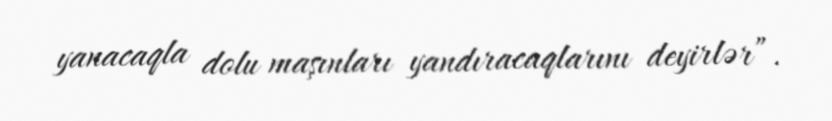
yanacaqla dolu maşınları yandıracaqlarını deyirlər”.